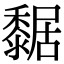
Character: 䵕